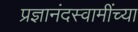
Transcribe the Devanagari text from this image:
प्रज्ञानंदस्वामींच्या